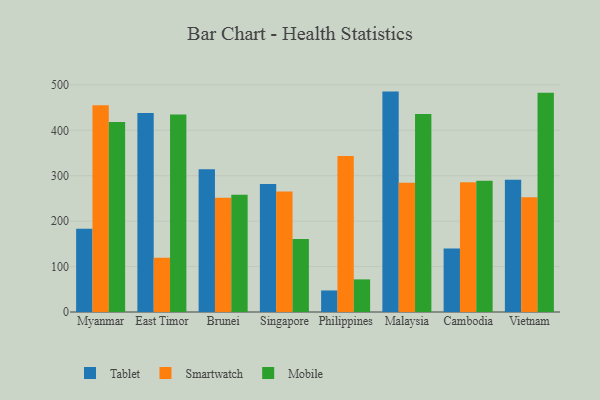
{"axis": {"x": "Country", "y": "Conversion Rate (%)"}, "legend": ["Mobile", "Smartwatch", "Tablet"], "data": [{"x": "Myanmar", "y": 183.5, "type": "Tablet"}, {"x": "Myanmar", "y": 455.4, "type": "Smartwatch"}, {"x": "Myanmar", "y": 418.3, "type": "Mobile"}, {"x": "East Timor", "y": 438.2, "type": "Tablet"}, {"x": "East Timor", "y": 119.2, "type": "Smartwatch"}, {"x": "East Timor", "y": 434.6, "type": "Mobile"}, {"x": "Brunei", "y": 314.3, "type": "Tablet"}, {"x": "Brunei", "y": 251.6, "type": "Smartwatch"}, {"x": "Brunei", "y": 258.3, "type": "Mobile"}, {"x": "Singapore", "y": 282.0, "type": "Tablet"}, {"x": "Singapore", "y": 265.4, "type": "Smartwatch"}, {"x": "Singapore", "y": 160.9, "type": "Mobile"}, {"x": "Philippines", "y": 47.4, "type": "Tablet"}, {"x": "Philippines", "y": 343.7, "type": "Smartwatch"}, {"x": "Philippines", "y": 71.8, "type": "Mobile"}, {"x": "Malaysia", "y": 485.2, "type": "Tablet"}, {"x": "Malaysia", "y": 284.6, "type": "Smartwatch"}, {"x": "Malaysia", "y": 436.1, "type": "Mobile"}, {"x": "Cambodia", "y": 139.9, "type": "Tablet"}, {"x": "Cambodia", "y": 285.8, "type": "Smartwatch"}, {"x": "Cambodia", "y": 289.0, "type": "Mobile"}, {"x": "Vietnam", "y": 291.0, "type": "Tablet"}, {"x": "Vietnam", "y": 252.8, "type": "Smartwatch"}, {"x": "Vietnam", "y": 482.4, "type": "Mobile"}]}